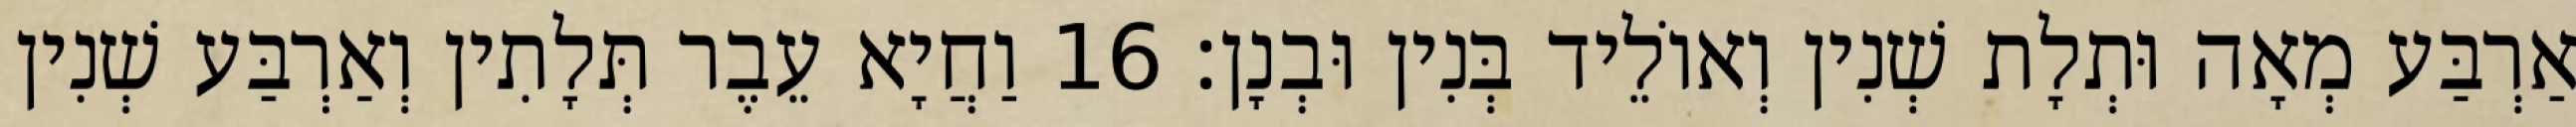
אַרְבַּע מְאָה וּתְלָת שְׁנִין וְאוֹלֵיד בְּנִין וּבְנָן׃ 16 וַחֲיָא עֵבֶר תְּלָתִין וְאַרְבַּע שְׁנִין